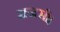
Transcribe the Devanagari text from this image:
राजसी।